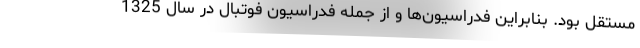
مستقل بود. بنابراین فدراسیون‌ها و از جمله فدراسیون فوتبال در سال 1325